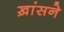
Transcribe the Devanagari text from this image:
ख़ांसने